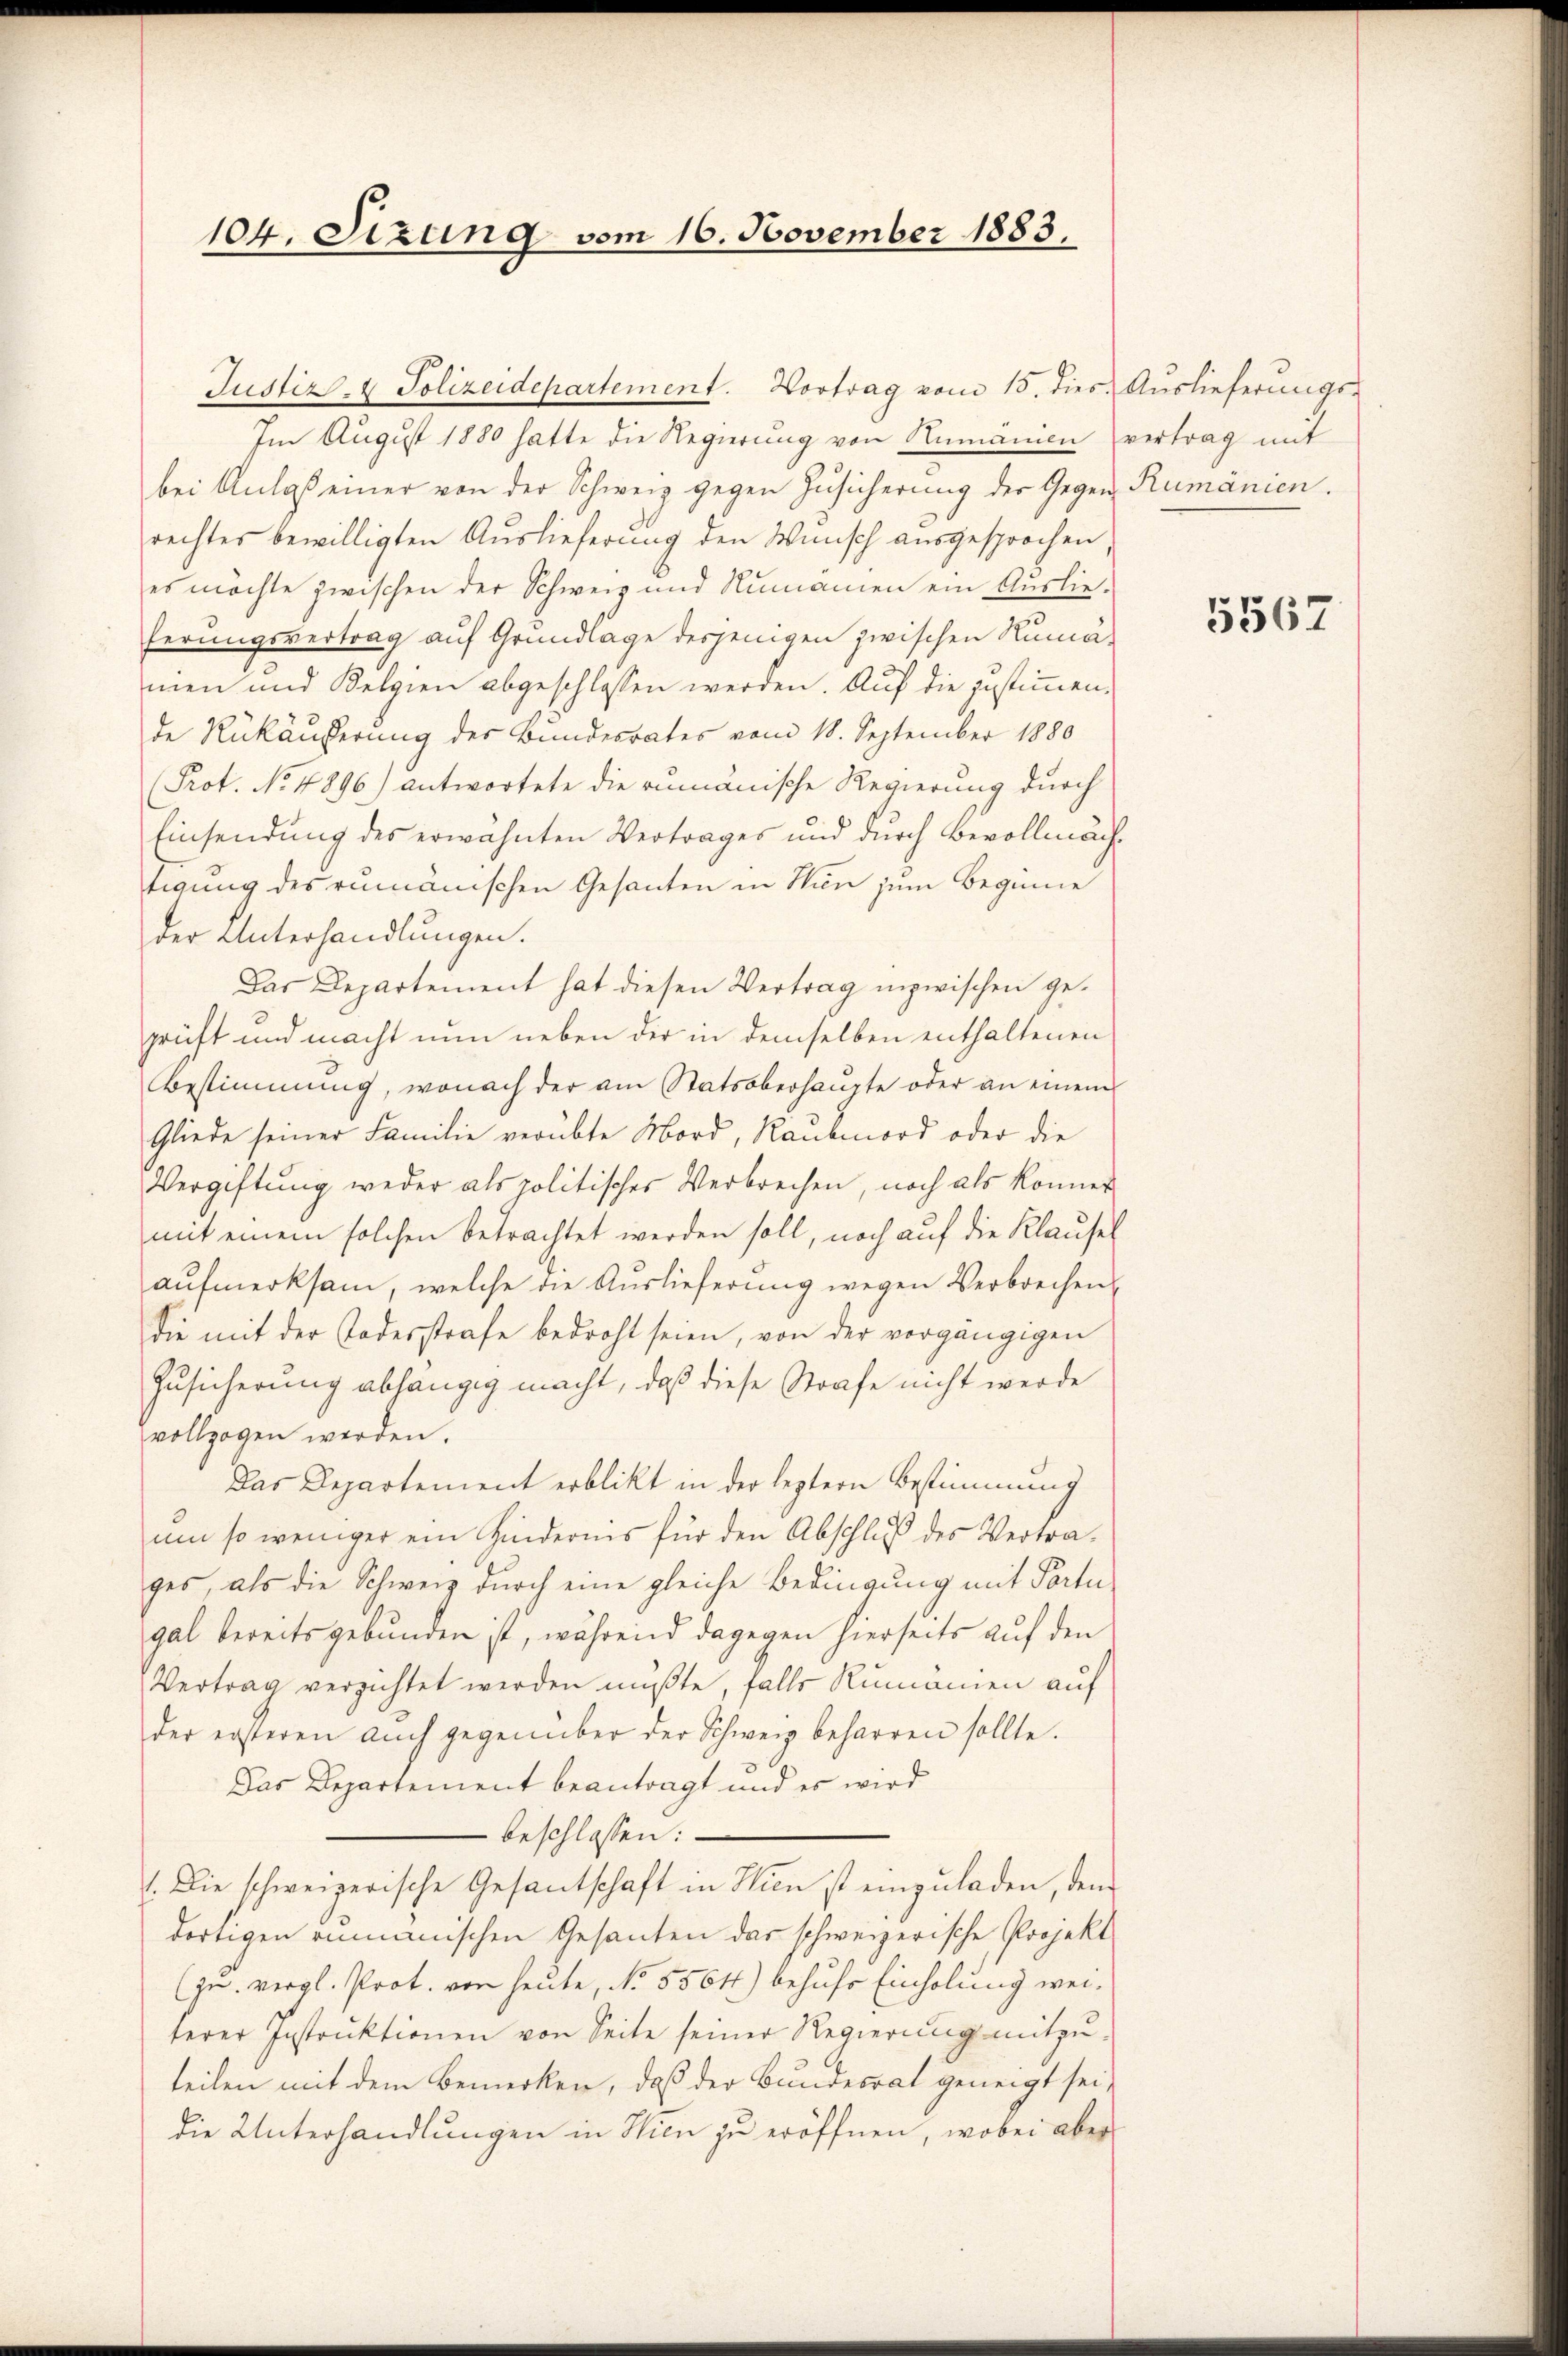
104. Sitzung vom 16. November 1883.

Im August 1880 hatte die Regierung von Rumänien vertrag mit
bei Anlaß einer von der Schweiz gegen Zusicherung der Gegen Rumänien.
rechtes bewilligten Auslieferung den Wunsch ausgesprochen,
es möchte zwischen der Schweiz und Rumänien ein Auslieferungsvertrag auf Grundlage derjenigen zwischen Rumämen und Kelgien abgeschlossen werden. Auf die zustimmende Rükäußerung der Bundesrates vom 18. September 1880
Prot. No 4896) antwortete die rumänische Regierung durch
Einsendung des erwähnten Vertrages und durch Bevollmächtigung des rumänischen Gesanten in Nun zum Beginne
der Unterhandlungen.
Das Departement hat diesen Vertrag inzwischen geprüft und macht nun neben der in demselben enthaltenen
Bestimmung, wonach der am Statsoberhaŭpte oder an einem
Gliede seiner Familie verübte Mord, Raubmord oder die
Vergiftung weder als politisches Verbrechen, noch als könner
mit einem solchen betrachtet werden soll, noch auf die Klausel
aufmerksam, welche die Auslieferung wegen Verbrechen
die mit der Todesstrafe bedroht seien, von der vorgängigen
Zusicherung abhängig macht, daß diese Strafe nicht werde
vollzogen werden.
Das Departement erblikt in der leztern Bestimmung
um so weniger ein Hindernis für den Abschluß des Vertrages, als die Schweiz durch eine gleiche Bedingung mit Parte
gal bereits gebunden ist, während dagegen hierseits auf den
Vertrag verzichtet werden müßte, falls Rumänien auf
der ersteren aŭch gegenüber der Schweiz beharren sollte.
Das Departement beantragt und es wird
beschlossen:
.Die schweizerische Gesantschaft in Wien ist einzuladen, dem
dortigen rumänischen Gesanten das schweizerische Projekt
(zn. vergl. Prot. von heute, No 5564) behufs Einholung weiterer Instruktionen von Seite seiner Regierung mitzuteilen mit dem Bemerken, daß der Bundesrat geneigt sei,
die Unterhandlungen in Hien zu eröffnen, wobei aber

Justiz- & Polizeidepartement. Vortrag vom 15. dies. Auslieferungs-

5567